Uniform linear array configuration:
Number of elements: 48
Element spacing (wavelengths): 0.5
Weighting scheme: uniform
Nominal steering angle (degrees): -60
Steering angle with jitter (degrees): -61.927
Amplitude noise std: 0.05
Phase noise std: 0.05

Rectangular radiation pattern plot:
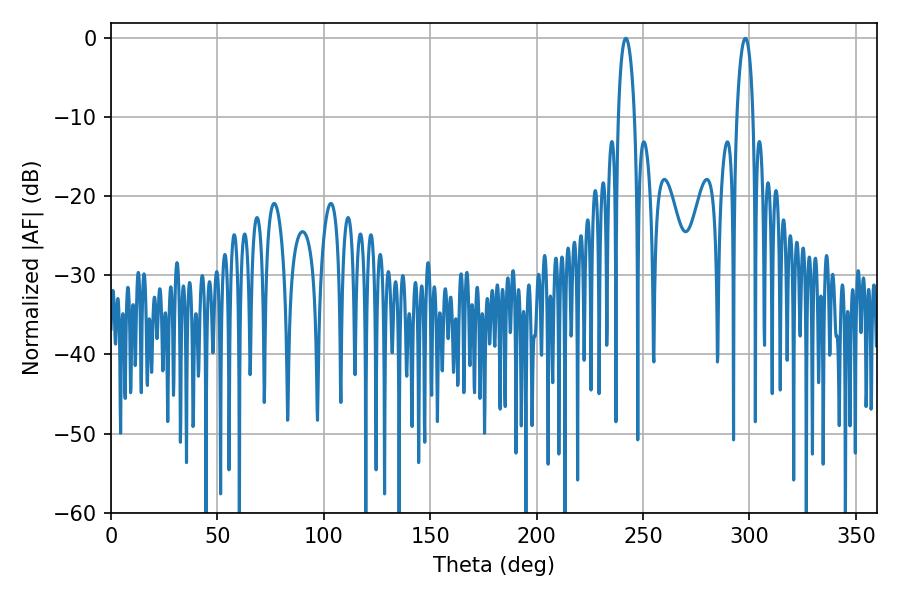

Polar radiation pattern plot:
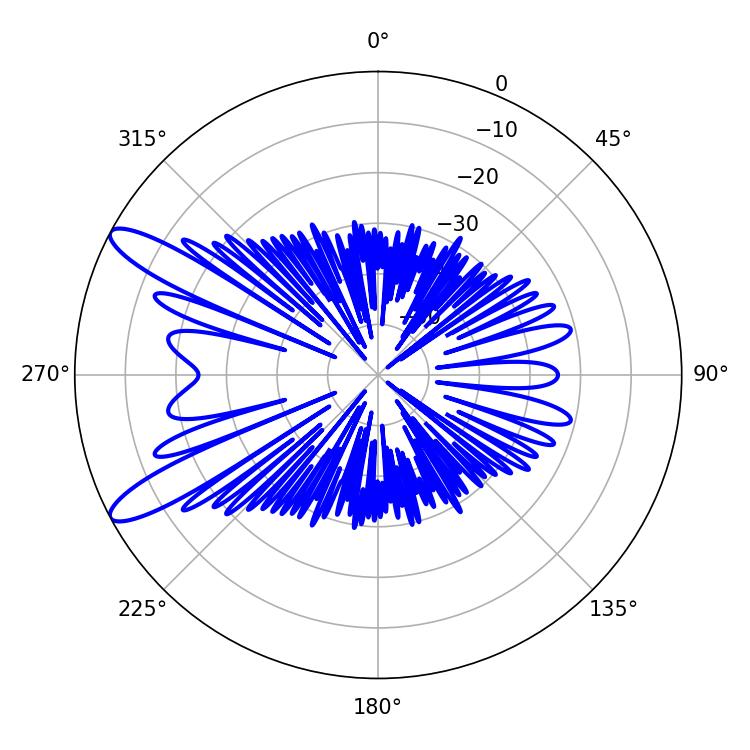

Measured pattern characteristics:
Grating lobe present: FALSE
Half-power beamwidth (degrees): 4.32
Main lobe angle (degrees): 241.92